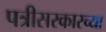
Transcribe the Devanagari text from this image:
पत्रीसरकारच्या